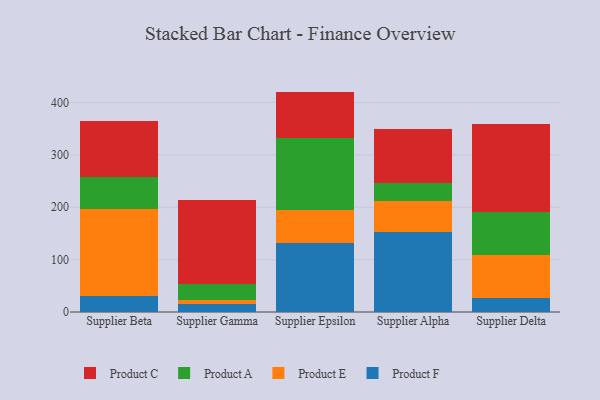
{"axis": {"x": "Supplier", "y": "Website Visitors"}, "legend": ["Product A", "Product C", "Product E", "Product F"], "data": [{"x": "Supplier Beta", "y": 30.7, "type": "Product F"}, {"x": "Supplier Beta", "y": 165.1, "type": "Product E"}, {"x": "Supplier Beta", "y": 61.3, "type": "Product A"}, {"x": "Supplier Beta", "y": 106.8, "type": "Product C"}, {"x": "Supplier Gamma", "y": 15.8, "type": "Product F"}, {"x": "Supplier Gamma", "y": 7.1, "type": "Product E"}, {"x": "Supplier Gamma", "y": 31.2, "type": "Product A"}, {"x": "Supplier Gamma", "y": 159.6, "type": "Product C"}, {"x": "Supplier Epsilon", "y": 131.8, "type": "Product F"}, {"x": "Supplier Epsilon", "y": 63.4, "type": "Product E"}, {"x": "Supplier Epsilon", "y": 136.9, "type": "Product A"}, {"x": "Supplier Epsilon", "y": 88.7, "type": "Product C"}, {"x": "Supplier Alpha", "y": 152.2, "type": "Product F"}, {"x": "Supplier Alpha", "y": 59.7, "type": "Product E"}, {"x": "Supplier Alpha", "y": 34.5, "type": "Product A"}, {"x": "Supplier Alpha", "y": 103.8, "type": "Product C"}, {"x": "Supplier Delta", "y": 27.5, "type": "Product F"}, {"x": "Supplier Delta", "y": 81.2, "type": "Product E"}, {"x": "Supplier Delta", "y": 83.0, "type": "Product A"}, {"x": "Supplier Delta", "y": 167.4, "type": "Product C"}]}